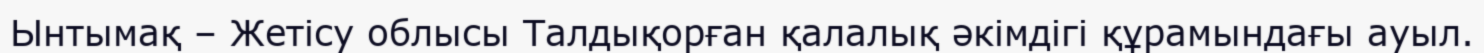
Ынтымақ – Жетісу облысы Талдықорған қалалық әкімдігі құрамындағы ауыл.